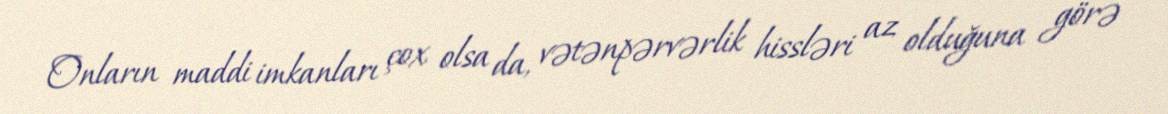
Onların maddi imkanları çox olsa da, vətənpərvərlik hissləri az olduğuna görə